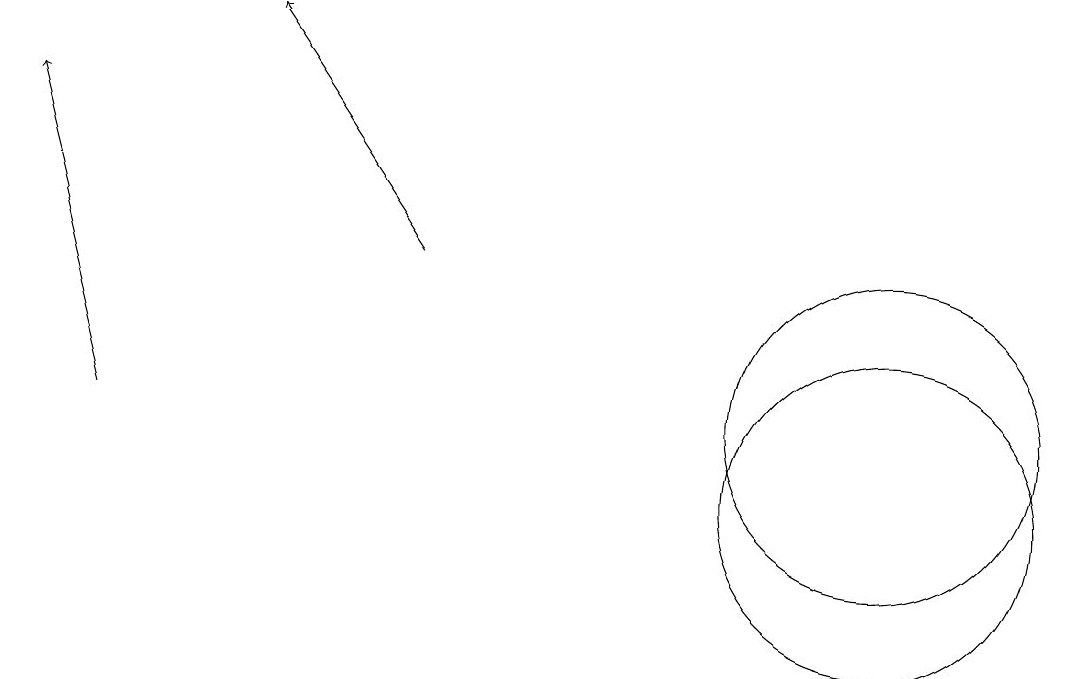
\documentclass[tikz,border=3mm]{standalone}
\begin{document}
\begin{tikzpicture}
\draw (11,10) circle (2);
\draw (11,11) circle (2);
\draw[->] (5,13) -- (3,16);
\draw[->] (1,11) -- (0,15);
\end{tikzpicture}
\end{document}